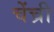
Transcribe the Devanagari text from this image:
चेंच्री